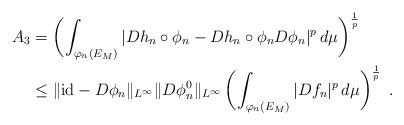
LaTeX: \begin{align*}A_3&=\left(\int_{\varphi_n(E_M)} |Dh_n\circ\phi_n-Dh_n\circ\phi_n D\phi_n|^p\,d\mu\right)^{\frac{1}{p}} \\&\leq\|\mathrm{id}-D\phi_n\|_{L^\infty} \|D\phi_n^0\|_{L^\infty}\left(\int_{\varphi_n(E_M)}|Df_n|^p\,d\mu\right)^{\frac{1}{p}} \ .\end{align*}